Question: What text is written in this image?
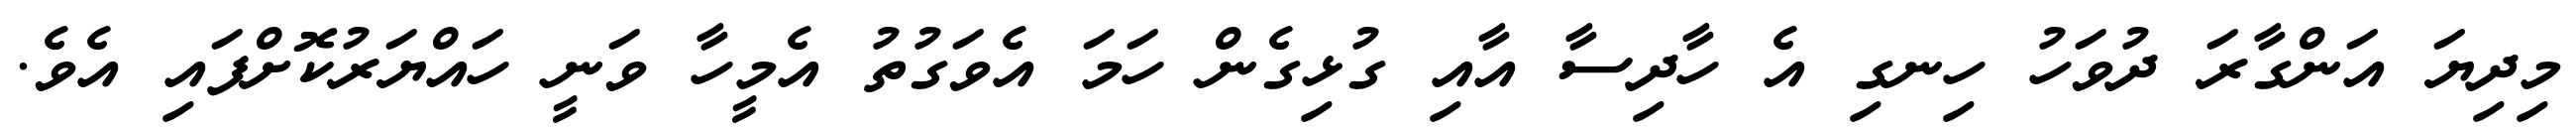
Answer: މިދިޔަ އަންގާރަ ދުވަހު ހިނގި އެ ހާދިސާ އާއި ގުޅިގެން ހަމަ އެވަގުތު އެމީހާ ވަނީ ހައްޔަރުކޮށްފައި އެވެ.